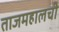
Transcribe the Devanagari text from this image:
ताजमहालची